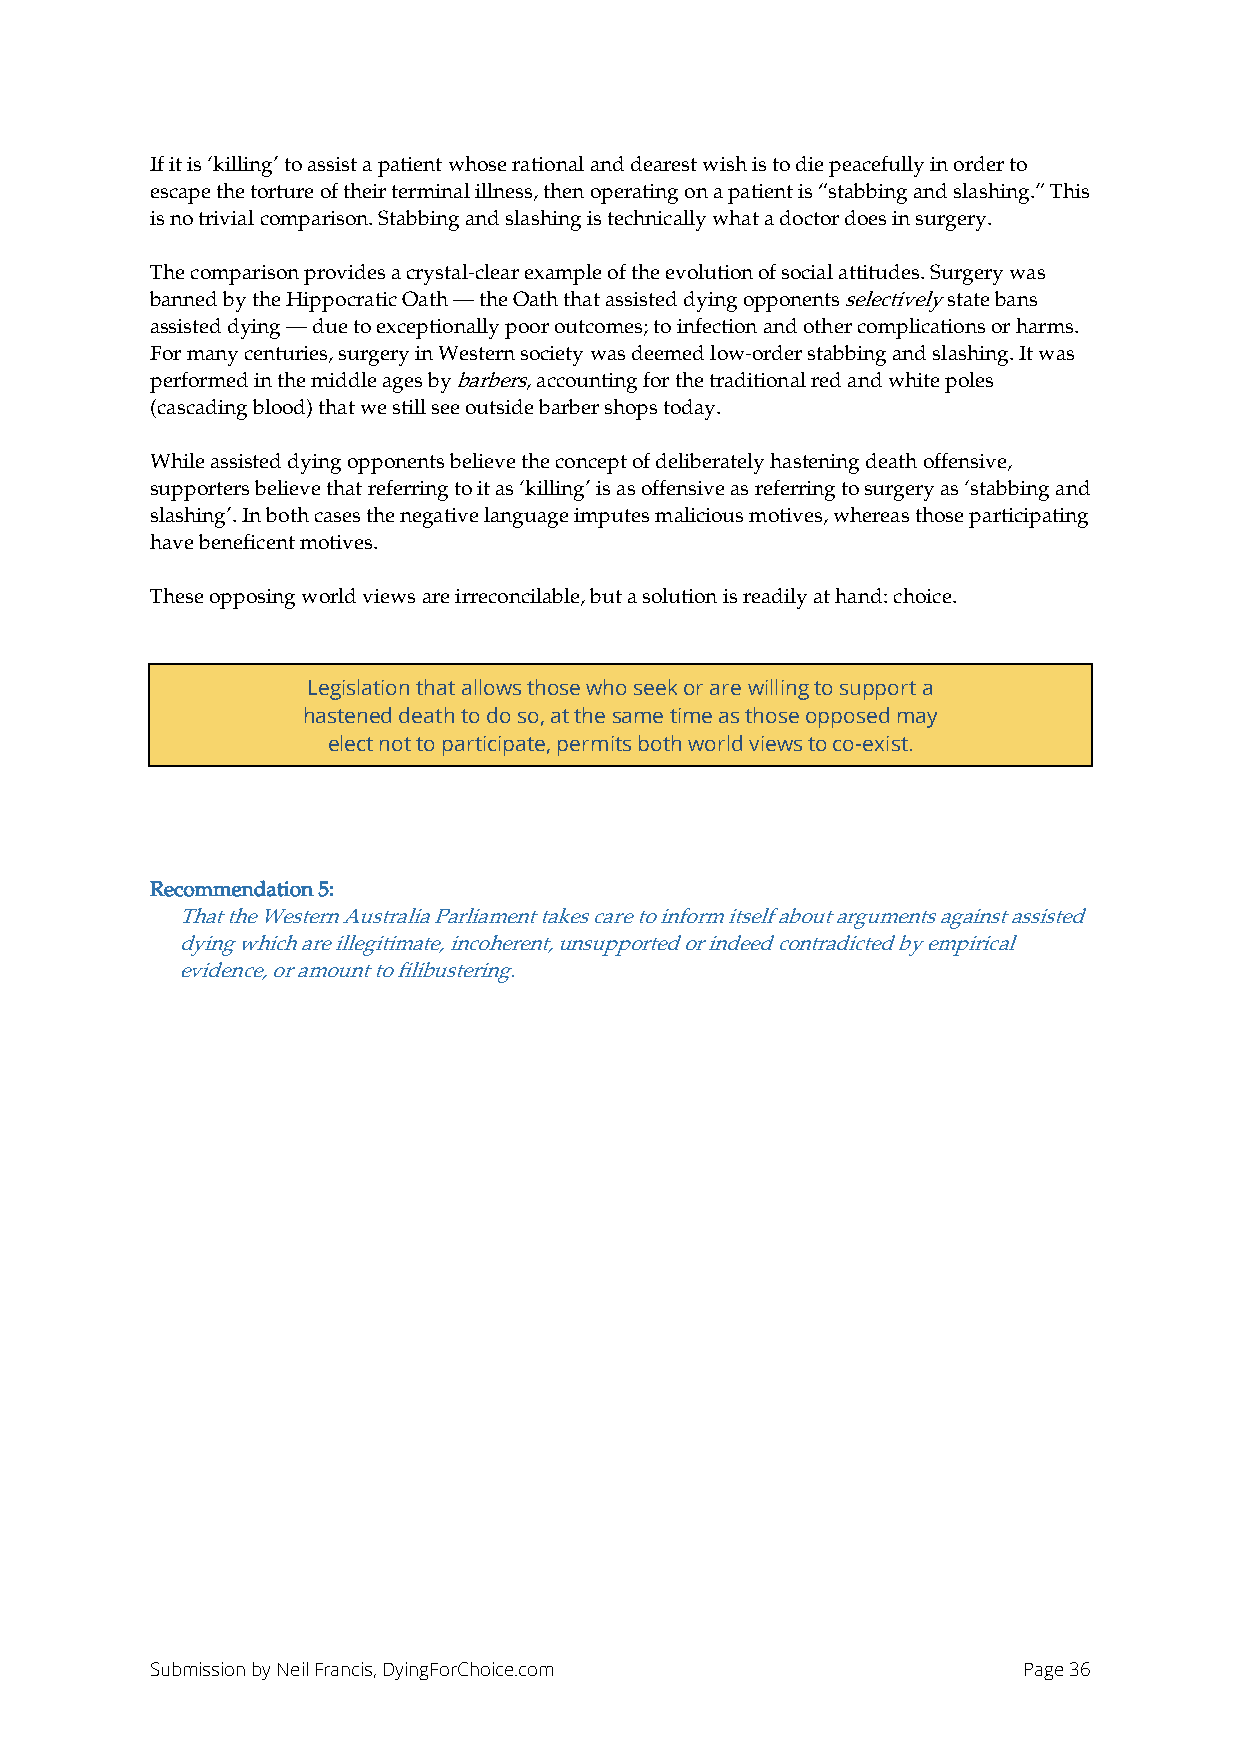
If it is ‘killing’ to assist a patient whose rational and dearest wish is to die peacefully in order to
 escape the torture of their terminal illness, then operating on a patient is “stabbing and slashing.” This
 is no trivial comparison. Stabbing and slashing is technically what a doctor does in surgery.
 The comparison provides a crystal-clear example of the evolution of social attitudes. Surgery was
 banned by the Hippocratic Oath — the Oath that assisted dying opponents selectively state bans
 assisted dying — due to exceptionally poor outcomes; to infection and other complications or harms.
 For many centuries, surgery in Western society was deemed low-order stabbing and slashing. It was
 performed in the middle ages by barbers, accounting for the traditional red and white poles
 (cascading blood) that we still see outside barber shops today.
 While assisted dying opponents believe the concept of deliberately hastening death offensive,
 supporters believe that referring to it as ‘killing’ is as offensive as referring to surgery as ‘stabbing and
 slashing’. In both cases the negative language imputes malicious motives, whereas those participating
 have beneficent motives.
 These opposing world views are irreconcilable, but a solution is readily at hand: choice.
 Legislation that allows those who seek or are willing to support a
 hastened death to do so, at the same time as those opposed may
 elect not to participate, permits both world views to co-exist.
 Recommendation 5:
 That the Western Australia Parliament takes care to inform itself about arguments against assisted
 dying which are illegitimate, incoherent, unsupported or indeed contradicted by empirical
 evidence, or amount to filibustering.
 Submission by Neil Francis, DyingForChoice.com            Page 36